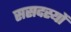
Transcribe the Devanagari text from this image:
ससदस्यों